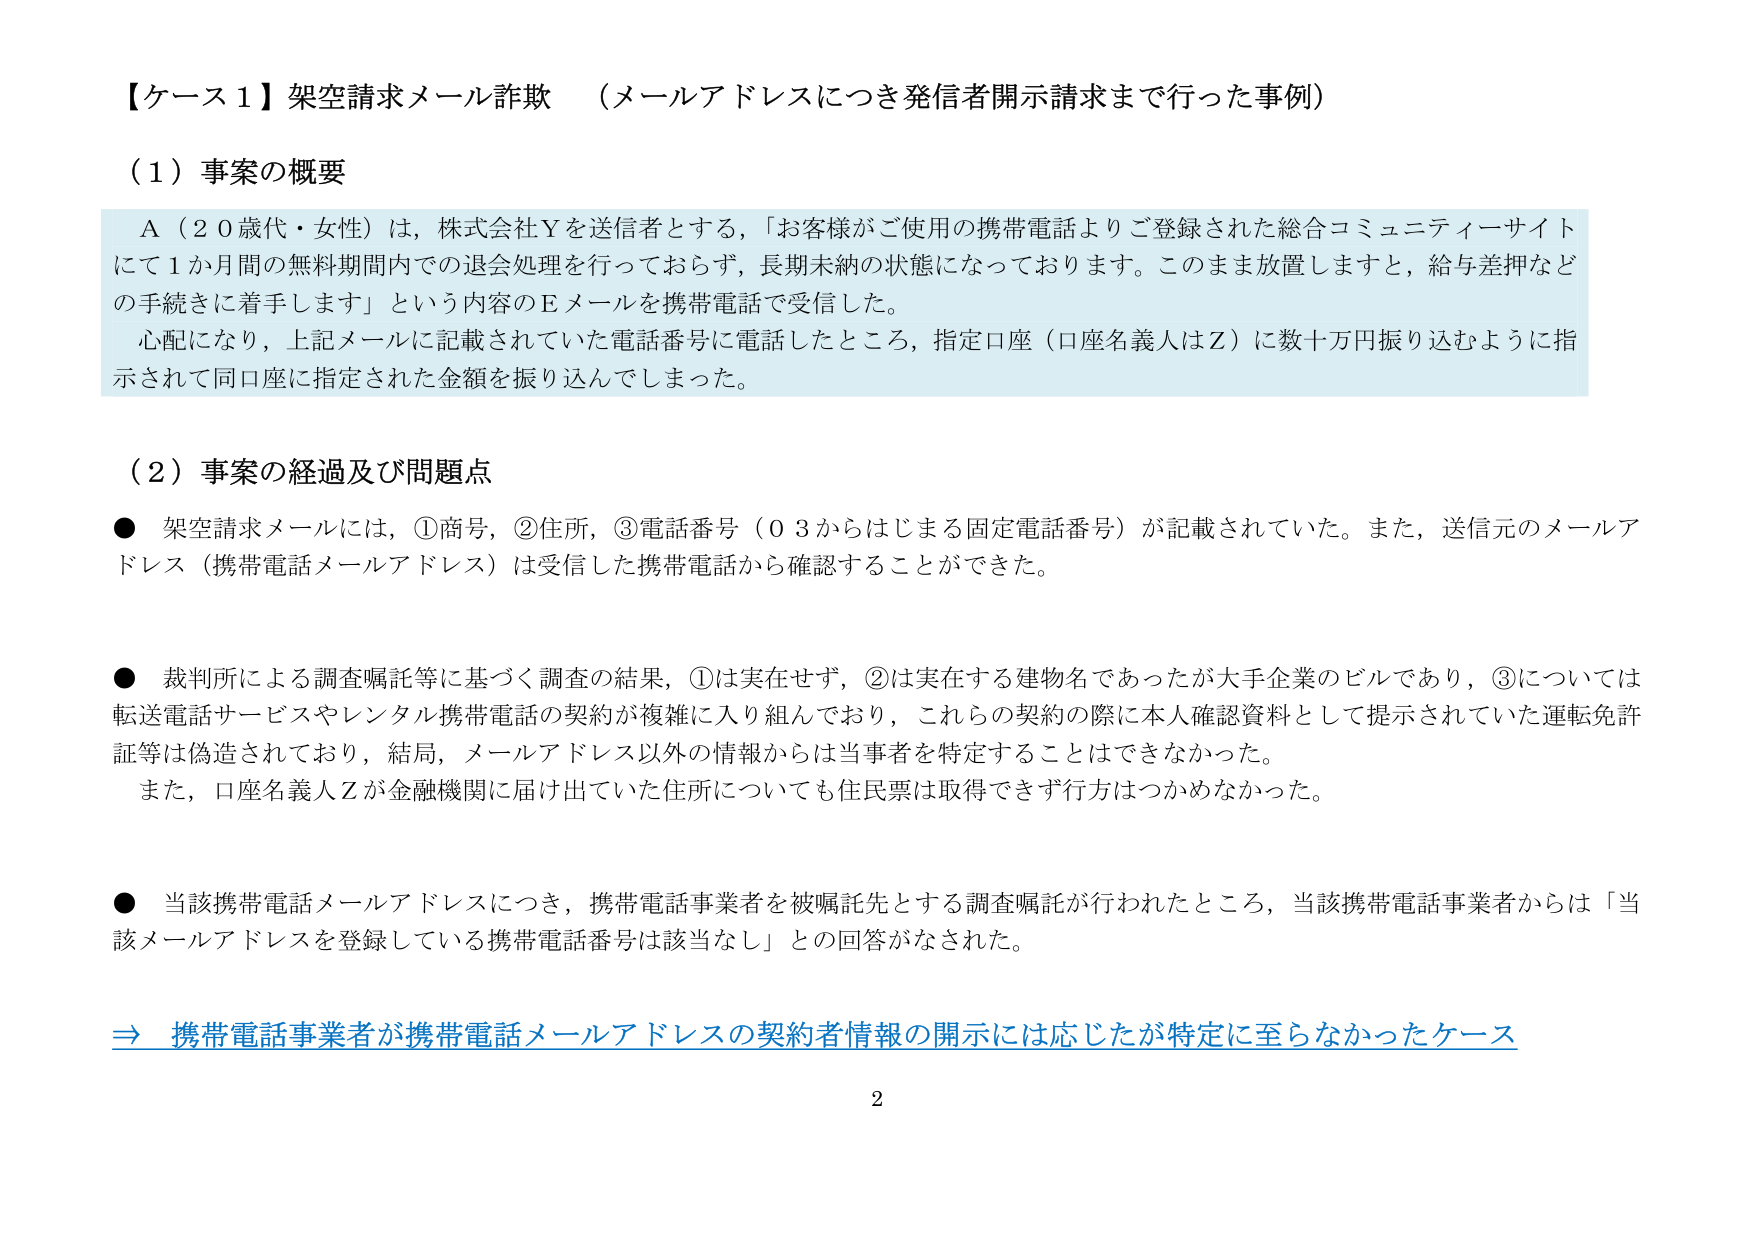
【ケース１】架空請求メール詐欺 （メールアドレスにつき発信者開示請求まで行った事例）

（１）事案の概要

Ａ（２０歳代・女性）は、株式会社Ｙを送信者とする、「お客様がご使用の携帯電話よりご登録された総合コミュニティーサイトにて１か月間の無料期間内での退会処理を行っておらず、長期未納の状態になっております。このまま放置しますと、給与差押えなどの手続きに着手します」という内容のＥメールを携帯電話で受信した。

心配になり、上記メールに記載されていた電話番号に電話したところ、指定口座（口座名義人はＺ）に数十万円振り込むように指示されて同口座に指定された金額を振り込んでしまった。

（２）事案の経過及び問題点

● 架空請求メールには、①商号、②住所、③電話番号（０３からはじまる固定電話番号）が記載されていた。また、送信元のメールアドレス（携帯電話メールアドレス）は受信した携帯電話から確認することができた。

● 裁判所による調査嘱託等に基づく調査の結果、①は実在せず、②は実在する建物名であったが大手企業のビルであり、③については転送電話サービスやレンタル携帯電話の契約が複雑に入り組んでおり、これらの契約の際に本人確認資料として提示されていた運転免許証等は偽造されており、結局、メールアドレス以外の情報からは当事者を特定することはできなかった。

また、口座名義人Ｚが金融機関に届け出ていた住所についても住民票は取得できず行方はつかめなかった。

● 当該携帯電話メールアドレスにつき、携帯電話事業者を被嘱託先とする調査嘱託が行われたところ、当該携帯電話事業者からは「当該メールアドレスを登録している携帯電話番号は該当なし」との回答がなされた。

⇒ 携帯電話事業者が携帯電話メールアドレスの契約者情報の開示には応じたが特定に至らなかったケース

2